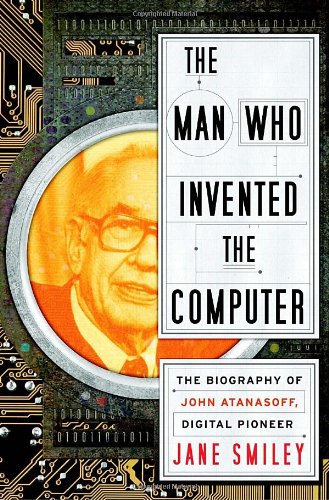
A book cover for The Man Who Invented the Computer: The Biography of John Atanasoff, Digital Pioneer; Jane Smiley; Computers & Technology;